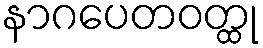
နာဂပေတဝတ္ထု